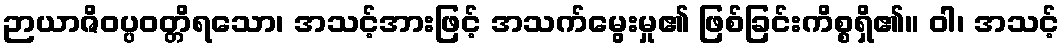
ဉာယာဇိဝပ္ပဝတ္တိရသော၊ အသင့်အားဖြင့် အသက်မွေးမှု၏ ဖြစ်ခြင်းကိစ္စရှိ၏။ ဝါ၊ အသင့်